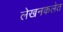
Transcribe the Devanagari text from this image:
लेखनकलेत